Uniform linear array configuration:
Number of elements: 4
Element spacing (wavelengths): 0.25
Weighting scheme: binomial
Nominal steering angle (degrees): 30
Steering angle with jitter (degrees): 28.033
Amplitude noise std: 0.05
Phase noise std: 0.05

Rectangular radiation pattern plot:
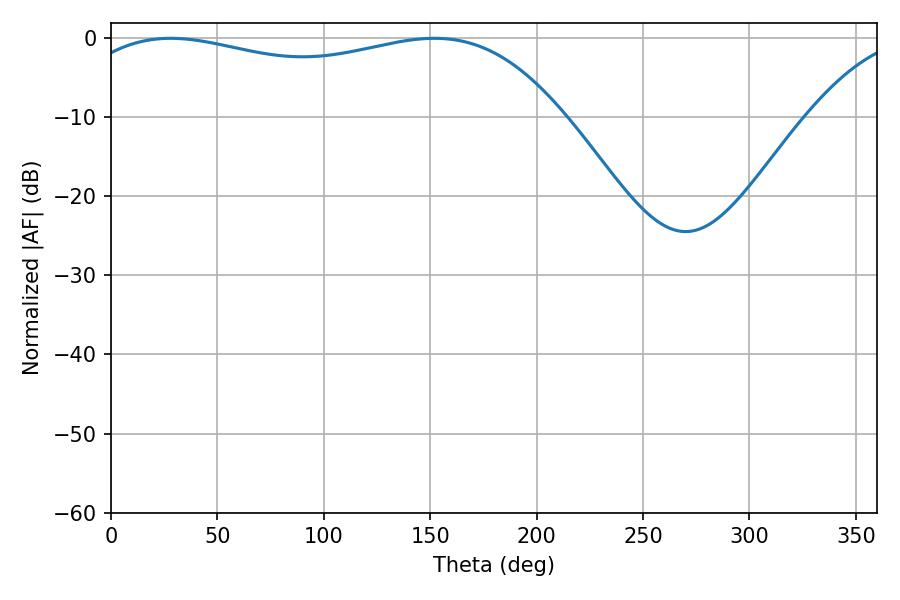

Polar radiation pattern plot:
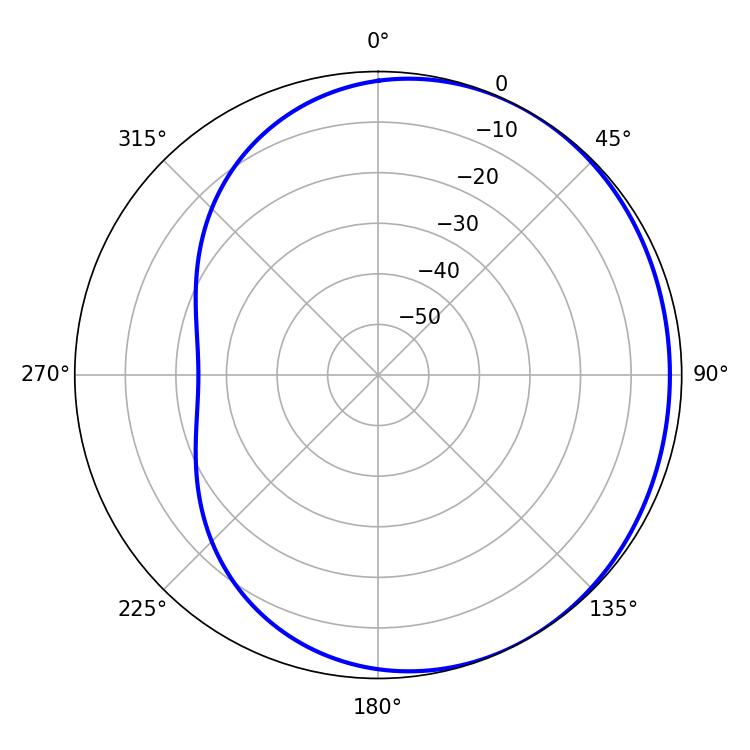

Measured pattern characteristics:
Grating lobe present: FALSE
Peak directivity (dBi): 1.504
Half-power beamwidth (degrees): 187.2
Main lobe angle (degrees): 28.08